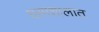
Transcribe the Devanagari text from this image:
धरमशालात